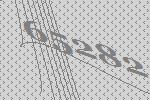
65282